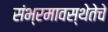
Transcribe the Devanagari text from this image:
संभ्रमावस्थेतेचे